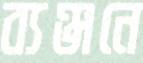
ব্যঞ্জনে